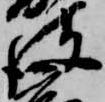
彼